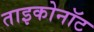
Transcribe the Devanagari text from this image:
ताइकोनॉट